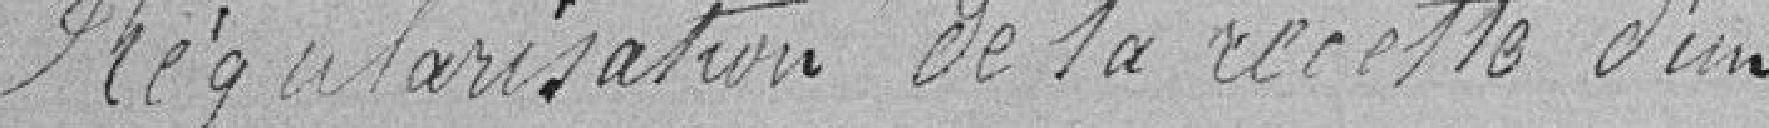
Régularisation de la recette d'un